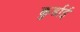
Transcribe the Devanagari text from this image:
कुर्डाई